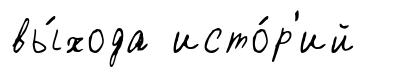
вы́хода исто́р'ий